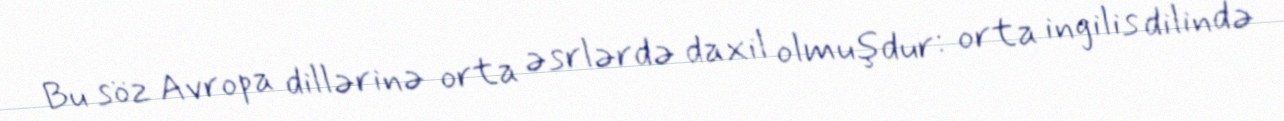
Bu söz Avropa dillərinə orta əsrlərdə daxil olmuşdur: orta ingilis dilində